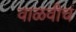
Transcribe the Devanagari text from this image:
वाळवीचं